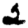
Digit: 2